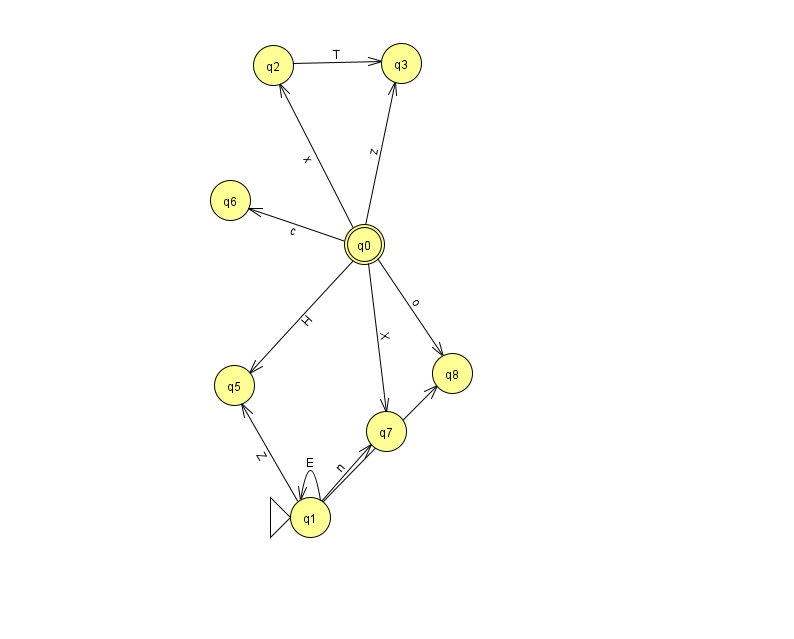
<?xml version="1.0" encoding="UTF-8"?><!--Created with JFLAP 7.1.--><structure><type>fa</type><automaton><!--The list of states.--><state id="0" name="q0"><x>364.0</x><y>231.0</y><final/></state><state id="1" name="q1"><x>310.0</x><y>504.0</y><initial/></state><state id="2" name="q2"><x>273.0</x><y>52.0</y></state><state id="3" name="q3"><x>401.0</x><y>50.0</y></state><state id="5" name="q5"><x>234.0</x><y>372.0</y></state><state id="6" name="q6"><x>230.0</x><y>187.0</y></state><state id="7" name="q7"><x>386.0</x><y>418.0</y></state><state id="8" name="q8"><x>452.0</x><y>360.0</y></state><!--The list of transitions.--><transition><from>0</from><to>8</to><read>o</read></transition><transition><from>1</from><to>5</to><read>Z</read></transition><transition><from>0</from><to>5</to><read>H</read></transition><transition><from>0</from><to>2</to><read>x</read></transition><transition><from>1</from><to>1</to><read>E</read></transition><transition><from>0</from><to>3</to><read>z</read></transition><transition><from>1</from><to>8</to><read>F</read></transition><transition><from>0</from><to>7</to><read>X</read></transition><transition><from>2</from><to>3</to><read>T</read></transition><transition><from>1</from><to>7</to><read>n</read></transition><transition><from>0</from><to>6</to><read>c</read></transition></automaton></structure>